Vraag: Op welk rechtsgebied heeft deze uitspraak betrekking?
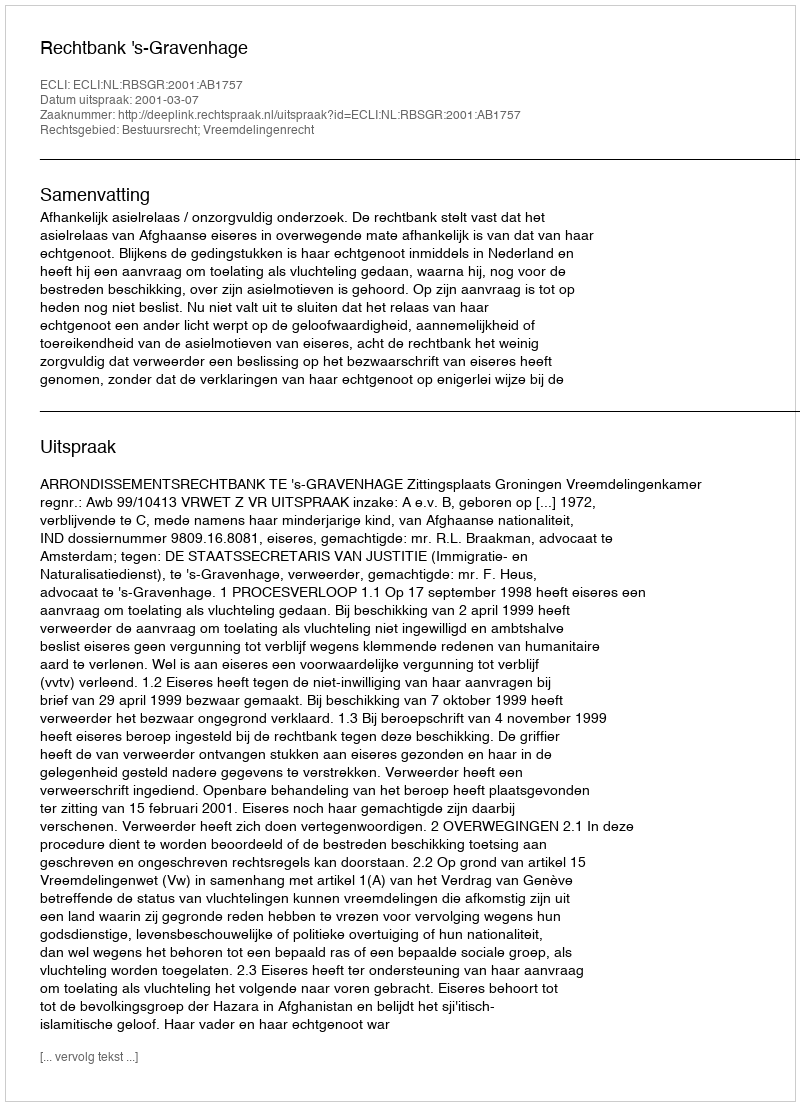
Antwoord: Bestuursrecht; Vreemdelingenrecht